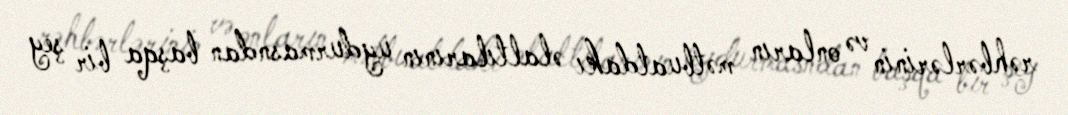
rəhbərlərinin və onların mətbuatdakı əlaltılarının uydurmasndan başqa bir şey